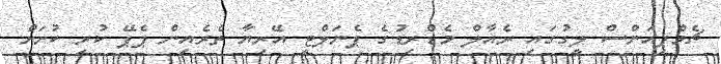
ޗެމްޕިއަންސް ލީގުގައި ރެއާލް މެޑްރިޑުގެ ޕެނަލްޓީ އޭރިޔާ ތެރެއިން ޕެޕޭ ކުރި ކުށަށް